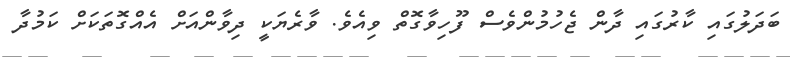
ބަދަލުގައި ކާރުގައި ދާން ޖެހުމުންވެސް ފޫހިވާގޮތް ވިއެވެ. ވާރެޔަކީ ދިވާންއަށް އެއްގޮތަކަށް ކަމުދާ